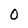
Character: O